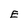
Character: E